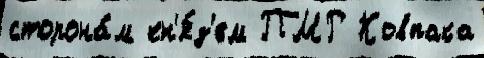
сторона́м кн'я́з'ем ПМР Ковпака